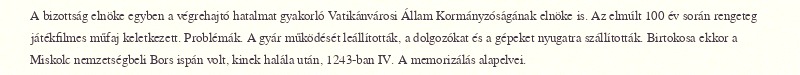
A bizottság elnöke egyben a végrehajtó hatalmat gyakorló Vatikánvárosi Állam Kormányzóságának elnöke is. Az elmúlt 100 év során rengeteg játékfilmes műfaj keletkezett. Problémák. A gyár működését leállították, a dolgozókat és a gépeket nyugatra szállították. Birtokosa ekkor a Miskolc nemzetségbeli Bors ispán volt, kinek halála után, 1243-ban IV. A memorizálás alapelvei.